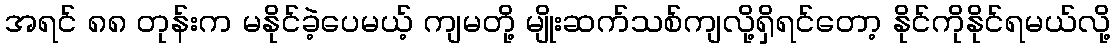
အရင် ၈၈ တုန်းက မနိုင်ခဲ့ပေမယ့် ကျမတို့ မျိုးဆက်သစ်ကျလို့ရှိရင်တော့ နိုင်ကိုနိုင်ရမယ်လို့